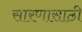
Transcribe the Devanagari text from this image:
सारणासाठी